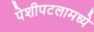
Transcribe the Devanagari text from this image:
पेशीपटलामध्ये